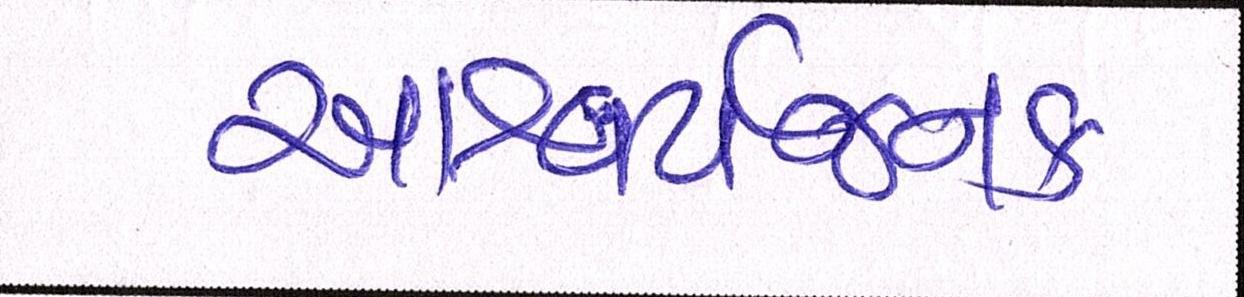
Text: આશ્ચર્યજનક